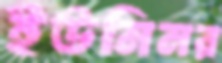
ইউনিনর